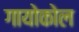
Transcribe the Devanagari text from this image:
गायोकोल